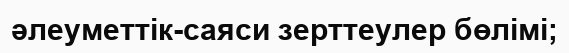
әлеуметтік-саяси зерттеулер бөлімі;